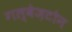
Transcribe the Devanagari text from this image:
गल्वेज़टोन